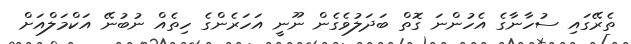
ތެރޭގައި ސުހާނާގެ އެހުންނަ ގޮތް ބަދަލުވެގެން ނޫނީ އަހަރެންގެ ހިތެއް ނުބުނޭ އަކްމަލްއަށް